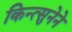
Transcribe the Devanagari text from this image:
किन्त्सुनेने